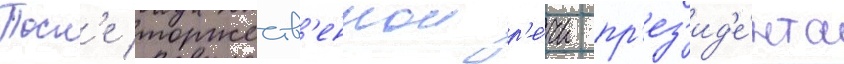
Посл'е торжеств'еннои р'е́чи пр'ез'ид'е́нта